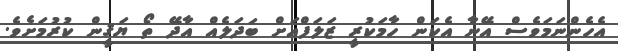
އެހެންނަމަވެސް އޭނާ އެކަން ހާމަކުރީ ޒަލަފްއަށް ބަދަލެއް އާދޭ ތޯ ޔަޤީން ކުރުމަށެވެ.